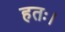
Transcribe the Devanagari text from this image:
हतः।